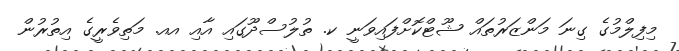
މިފިލްމުގެ ގިނަ މަންޒަރުތައް ޝޫޓްކޮށްފައިވަނީ ކ. ތުލުސްދޫގައި އާއި އއ. މަތިވެރީގެ އިތުރުން